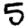
Digit: 5